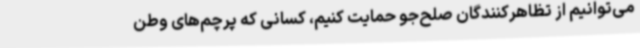
می‌توانیم از تظاهرکنندگان صلح‌جو حمایت کنیم، کسانی که پرچم‌های وطن